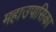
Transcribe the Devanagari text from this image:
महाउपासिका